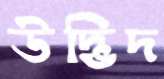
উদ্ভিদ